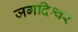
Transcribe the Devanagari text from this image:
जगदिश्वर